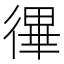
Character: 𢕏